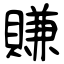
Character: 賺